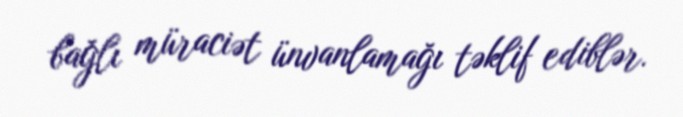
bağlı müraciət ünvanlamağı təklif ediblər.